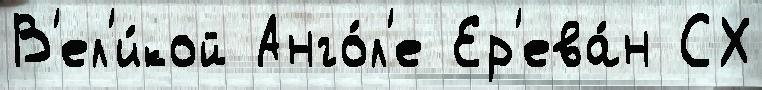
В'ел'и́кой Анго́л'е Ер'ева́н СХ